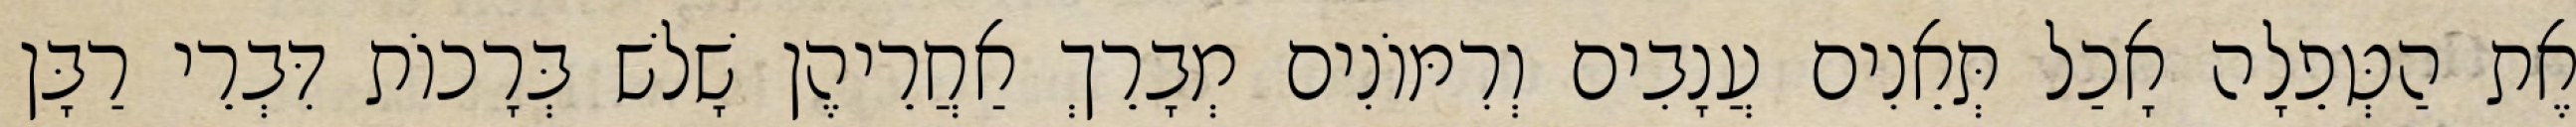
אֶת הַטְּפֵלָה אָכַל תְּאֵנִים עֲנָבִים וְרִמּוֹנִים מְבָרֵךְ אַחֲרֵיהֶן שָׁלשׁ בְּרָכוֹת דִּבְרֵי רַבָּן